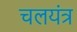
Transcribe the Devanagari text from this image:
चलयंत्र